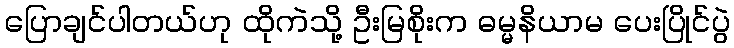
ပြောချင်ပါတယ်ဟု ထိုကဲသို့ ဦးမြစိုးက ဓမ္မနိယာမ ပေးပြိုင်ပွဲ